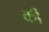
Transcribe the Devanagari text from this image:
की